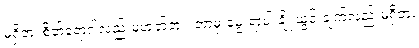
မရှိဘဲ၊ စိတ်ရောဂါလည်းမဟုတ်ဘူး၊ ဘာမှ မွေးရာပါ ချို့ယွင်းချက်လည်းမရှိဘူး